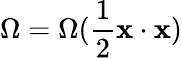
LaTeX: \Omega=\Omega(\frac{1}{2}{\mathbf x}\cdot{\mathbf x})